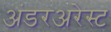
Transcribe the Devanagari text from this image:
अंडरअरेस्ट